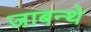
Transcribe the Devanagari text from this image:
जाबन्थे